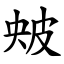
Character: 㿮